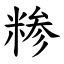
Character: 糁